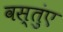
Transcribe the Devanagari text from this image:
वस्तुंए